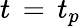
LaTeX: t\, =\, t_{p}